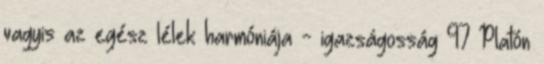
vagyis az egész lélek harmóniája - igazságosság 97 Platón